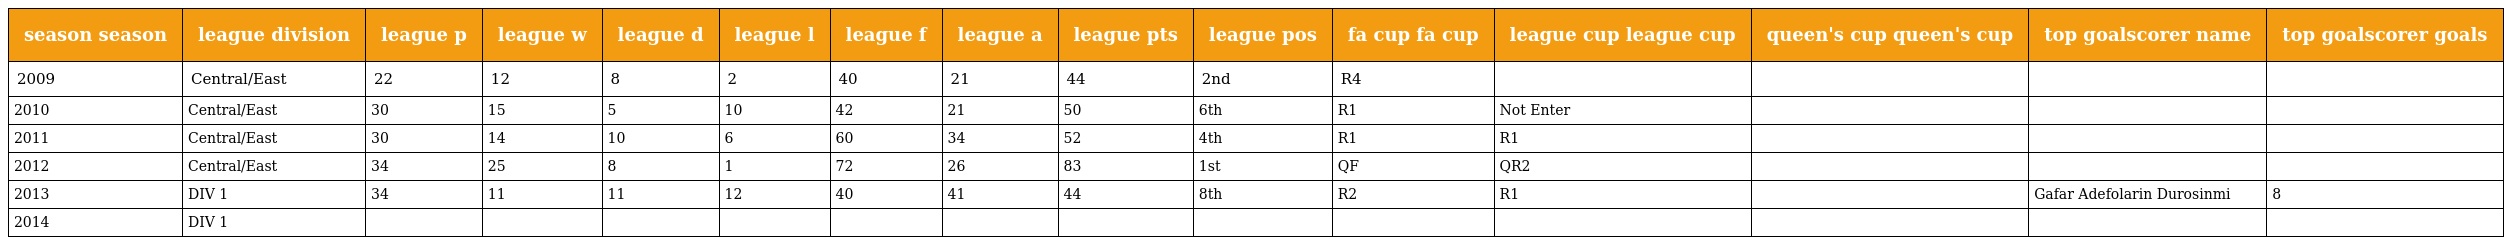
| season season | league division | league p | league w | league d | league l | league f | league a | league pts | league pos | fa cup fa cup | league cup league cup | queen's cup queen's cup | top goalscorer name | top goalscorer goals |
 | --- | --- | --- | --- | --- | --- | --- | --- | --- | --- | --- | --- | --- | --- | --- |
 | 2009 | Central/East | 22 | 12 | 8 | 2 | 40 | 21 | 44 | 2nd | R4 |  |  |  |  |
 | 2010 | Central/East | 30 | 15 | 5 | 10 | 42 | 21 | 50 | 6th | R1 | Not Enter |  |  |  |
 | 2011 | Central/East | 30 | 14 | 10 | 6 | 60 | 34 | 52 | 4th | R1 | R1 |  |  |  |
 | 2012 | Central/East | 34 | 25 | 8 | 1 | 72 | 26 | 83 | 1st | QF | QR2 |  |  |  |
 | 2013 | DIV 1 | 34 | 11 | 11 | 12 | 40 | 41 | 44 | 8th | R2 | R1 |  | Gafar Adefolarin Durosinmi | 8 |
 | 2014 | DIV 1 |  |  |  |  |  |  |  |  |  |  |  |  |  |